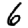
Digit: 6